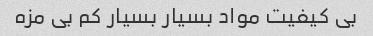
بی کیفیت مواد بسیار بسیار کم بی مزه